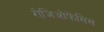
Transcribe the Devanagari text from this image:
रोजिओफेंसिस